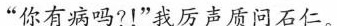
”你有病吗?！”我厉声质问石仁。